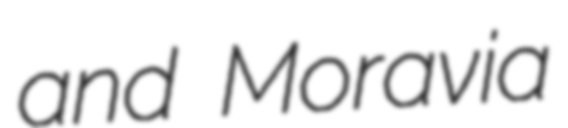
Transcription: and Moravia